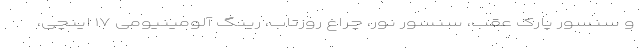
و سنسور پارک عقب، سنسور نور، چراغ روزتاب، رینگ آلومینیومی ۱۷ اینچی،